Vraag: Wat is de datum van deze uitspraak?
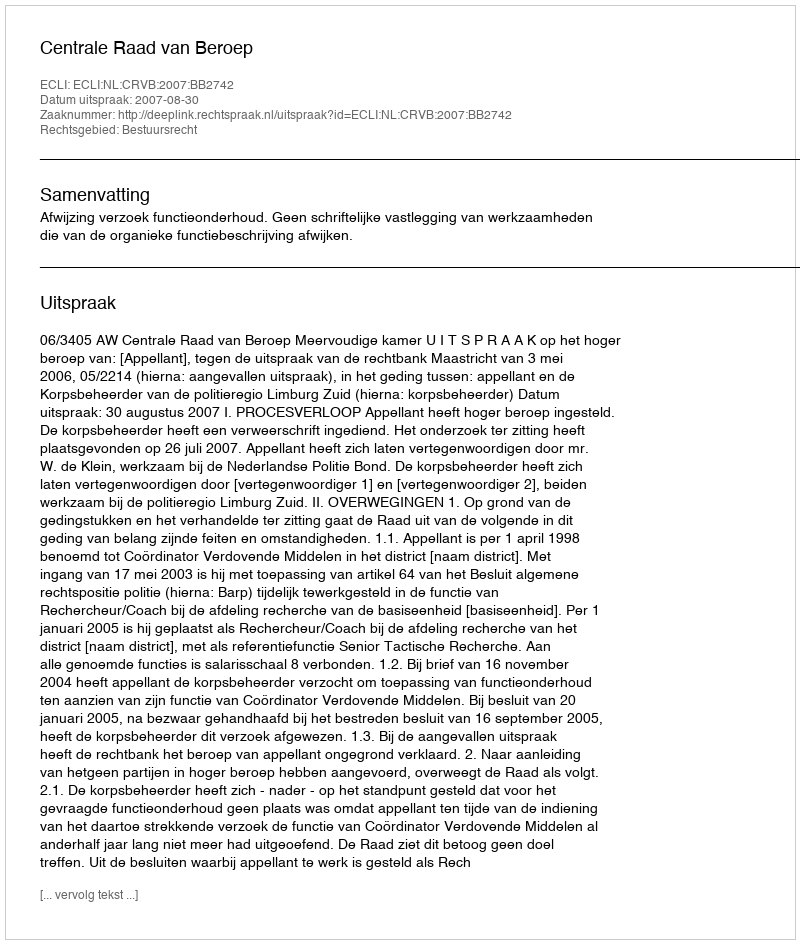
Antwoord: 2007-08-30